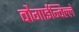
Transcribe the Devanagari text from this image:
बौगाईन्विल्ले